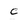
Character: c